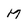
Character: M